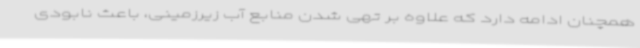
همچنان ادامه دارد که علاوه بر تهی شدن منابع آب زیرزمینی، باعث نابودی